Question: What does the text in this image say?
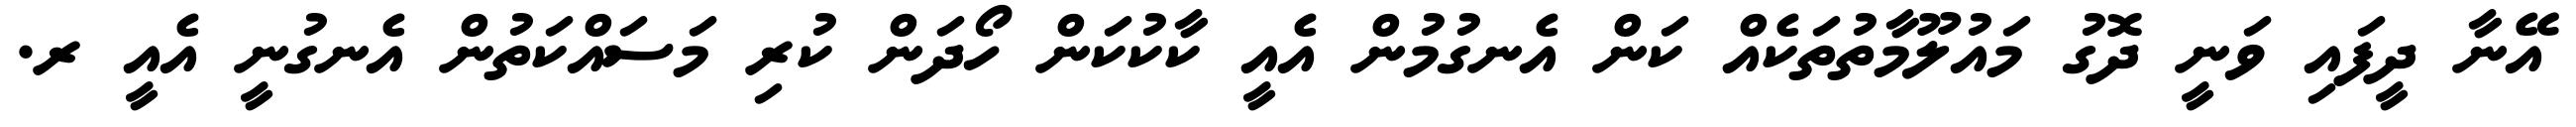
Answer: އޭނާ ދީފައި ވަނީ ދޮގު މައުލޫމާތުތަކެއް ކަން އެނގުމުން އެއީ ކާކުކަން ހޯދަން ކުރި މަސައްކަތުން އެނގުނީ އެއީ ރ.